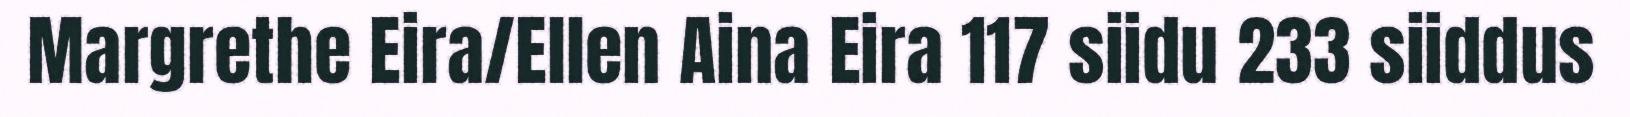
Margrethe Eira/Ellen Aina Eira 117 siidu 233 siiddus